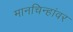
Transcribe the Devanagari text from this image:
मानचिन्हांवर